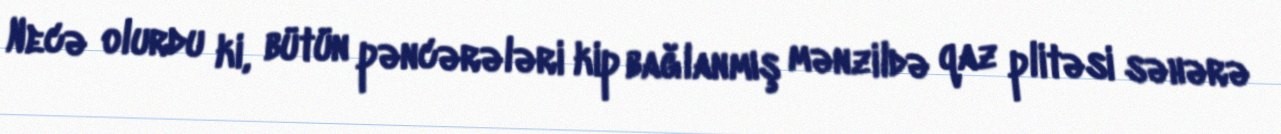
Necə olurdu ki, bütün pəncərələri kip bağlanmış mənzildə qaz plitəsi səhərə